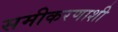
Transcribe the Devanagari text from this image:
समीकरणाशी